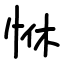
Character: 恘